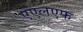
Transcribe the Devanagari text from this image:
एएलएफ